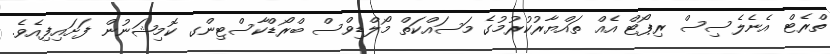
ތްރެޓް އެނެލެސިސް ރިޕޯޓް އެއް ތައްޔާރުކުރުމުގެ މަސައްކަތް މޯލްޑިވްސް ބްރޯޑްކާސްޓިންގ ކޮމިޝަނުން ފަށައިފިއެވެ.